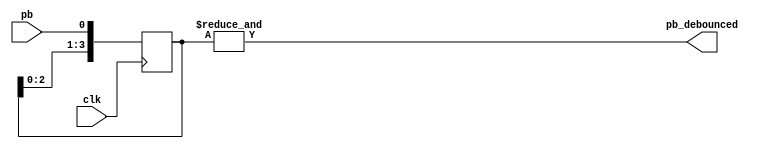
module debounce(
    output wire pb_debounced,
    input pb,
    input clk); 
    reg [3:0] shift, next_shift;
    // shift
    always @(posedge clk) begin
        shift <= next_shift;
    end
    // next_shift
    always @* begin
        next_shift = {shift[2:0], pb};
    end
    // pb_debounced
    assign pb_debounced = &shift;
endmodule

module onepulse(
    input pb_debounced,
    input clk,
    output wire pb_1pulse); 
    reg pb_debounced_delay;
    // pb_debounced_delay
    always @(posedge clk) begin
        pb_debounced_delay <= pb_debounced;
    end
    // pb_1pulse
    assign pb_1pulse = pb_debounced&(~pb_debounced_delay);
endmodule